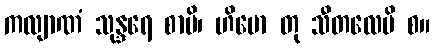
ကလျာဏံ သုန္ဒရေ စာပိ၊ ဟိမော တု သီတလေပိ စ။